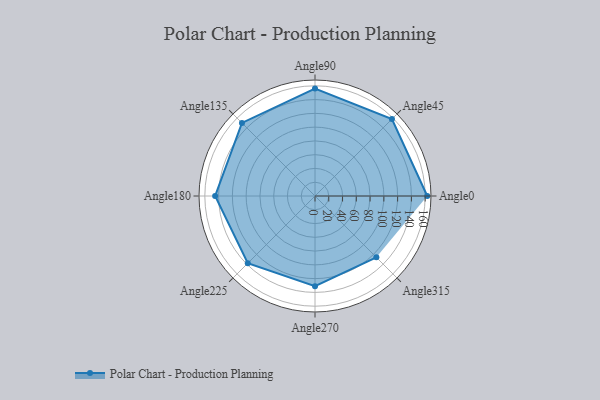
{"axis": {"x": "Angle", "y": "Radius"}, "legend": [""], "data": [{"x": "Angle0", "y": 163.0, "type": ""}, {"x": "Angle45", "y": 158.0, "type": ""}, {"x": "Angle90", "y": 156.0, "type": ""}, {"x": "Angle135", "y": 150.0, "type": ""}, {"x": "Angle180", "y": 145.0, "type": ""}, {"x": "Angle225", "y": 138.0, "type": ""}, {"x": "Angle270", "y": 131.0, "type": ""}, {"x": "Angle315", "y": 126.0, "type": ""}]}